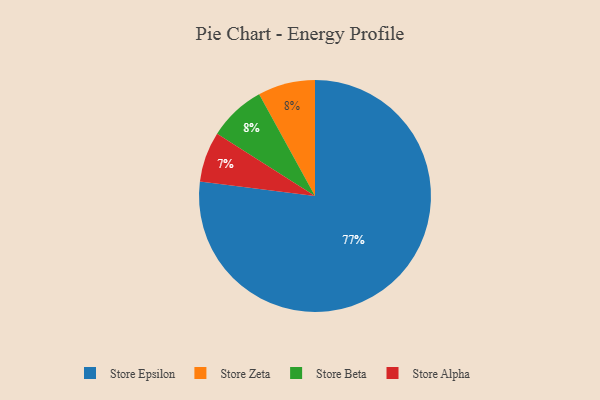
{"axis": {"x": "Category", "y": "Percentage"}, "legend": ["Store Alpha", "Store Beta", "Store Epsilon", "Store Zeta"], "data": [{"x": "Store Alpha", "y": 7, "type": "Store Alpha"}, {"x": "Store Zeta", "y": 8, "type": "Store Zeta"}, {"x": "Store Beta", "y": 8, "type": "Store Beta"}, {"x": "Store Epsilon", "y": 77, "type": "Store Epsilon"}]}